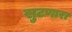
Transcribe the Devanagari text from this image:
सुटणारा